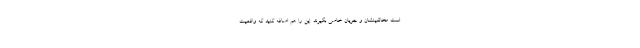
است مخالفینشان و جریان خاصی بگیرند. این را هم اضافه کنید که واقعیت